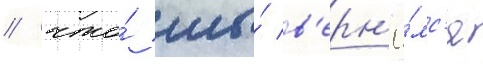
/ что́ мы́ в'ерн'ё́мс'я